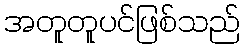
အတူတူပင်ဖြစ်သည်